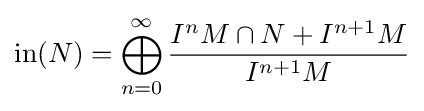
\operatorname {in} (N)=\bigoplus _{n=0}^{\infty }{I^{n}M\cap N+I^{n+1}M \over I^{n+1}M}